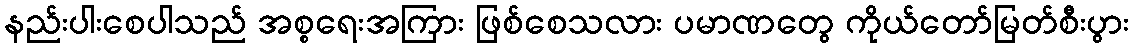
နည်းပါးစေပါသည် အစ္စရေးအကြား ဖြစ်စေသလား ပမာဏတွေ ကိုယ်တော်မြတ်စီးပွား